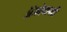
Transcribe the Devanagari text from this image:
ॲफ्रोडायटी